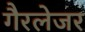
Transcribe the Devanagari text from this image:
गैरलेजर